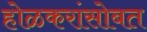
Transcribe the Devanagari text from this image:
होळकरांसोबत